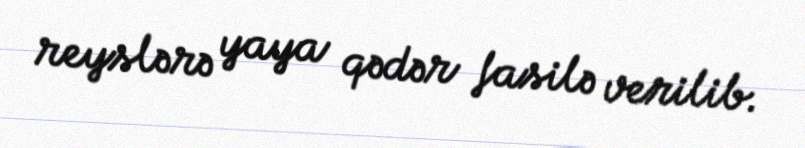
reyslərə yaya qədər fasilə verilib.